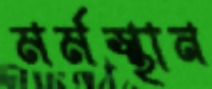
মর্মস্থান